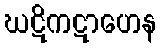
ဃဋိကဋာဟေန